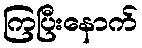
ကြပြီးနောက်